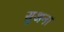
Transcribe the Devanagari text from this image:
सुअना